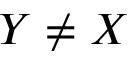
Y \neq X